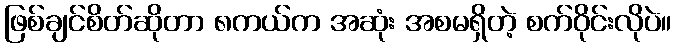
ဖြစ်ချင်စိတ်ဆိုတာ ၈ကယ်က အဆုံး အစမရှိတဲ့ စက်ဝိုင်းလိုပဲ။